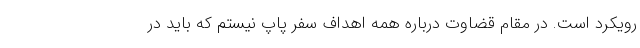
رویکرد است. در مقام قضاوت درباره همه اهداف سفر پاپ نیستم که باید در